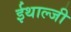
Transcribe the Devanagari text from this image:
ईथाल्जी